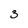
Character: 3